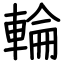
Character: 輪